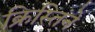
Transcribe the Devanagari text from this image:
क्रिस्तिंने